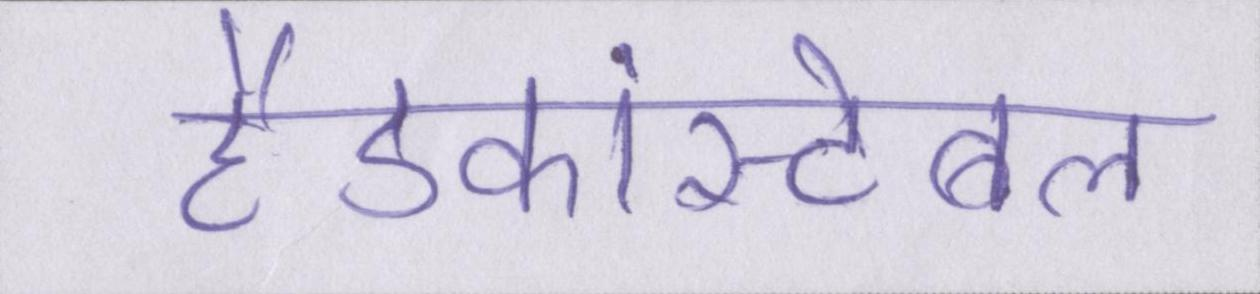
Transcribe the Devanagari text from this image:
हैडकांस्टेबल